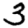
Digit: 3